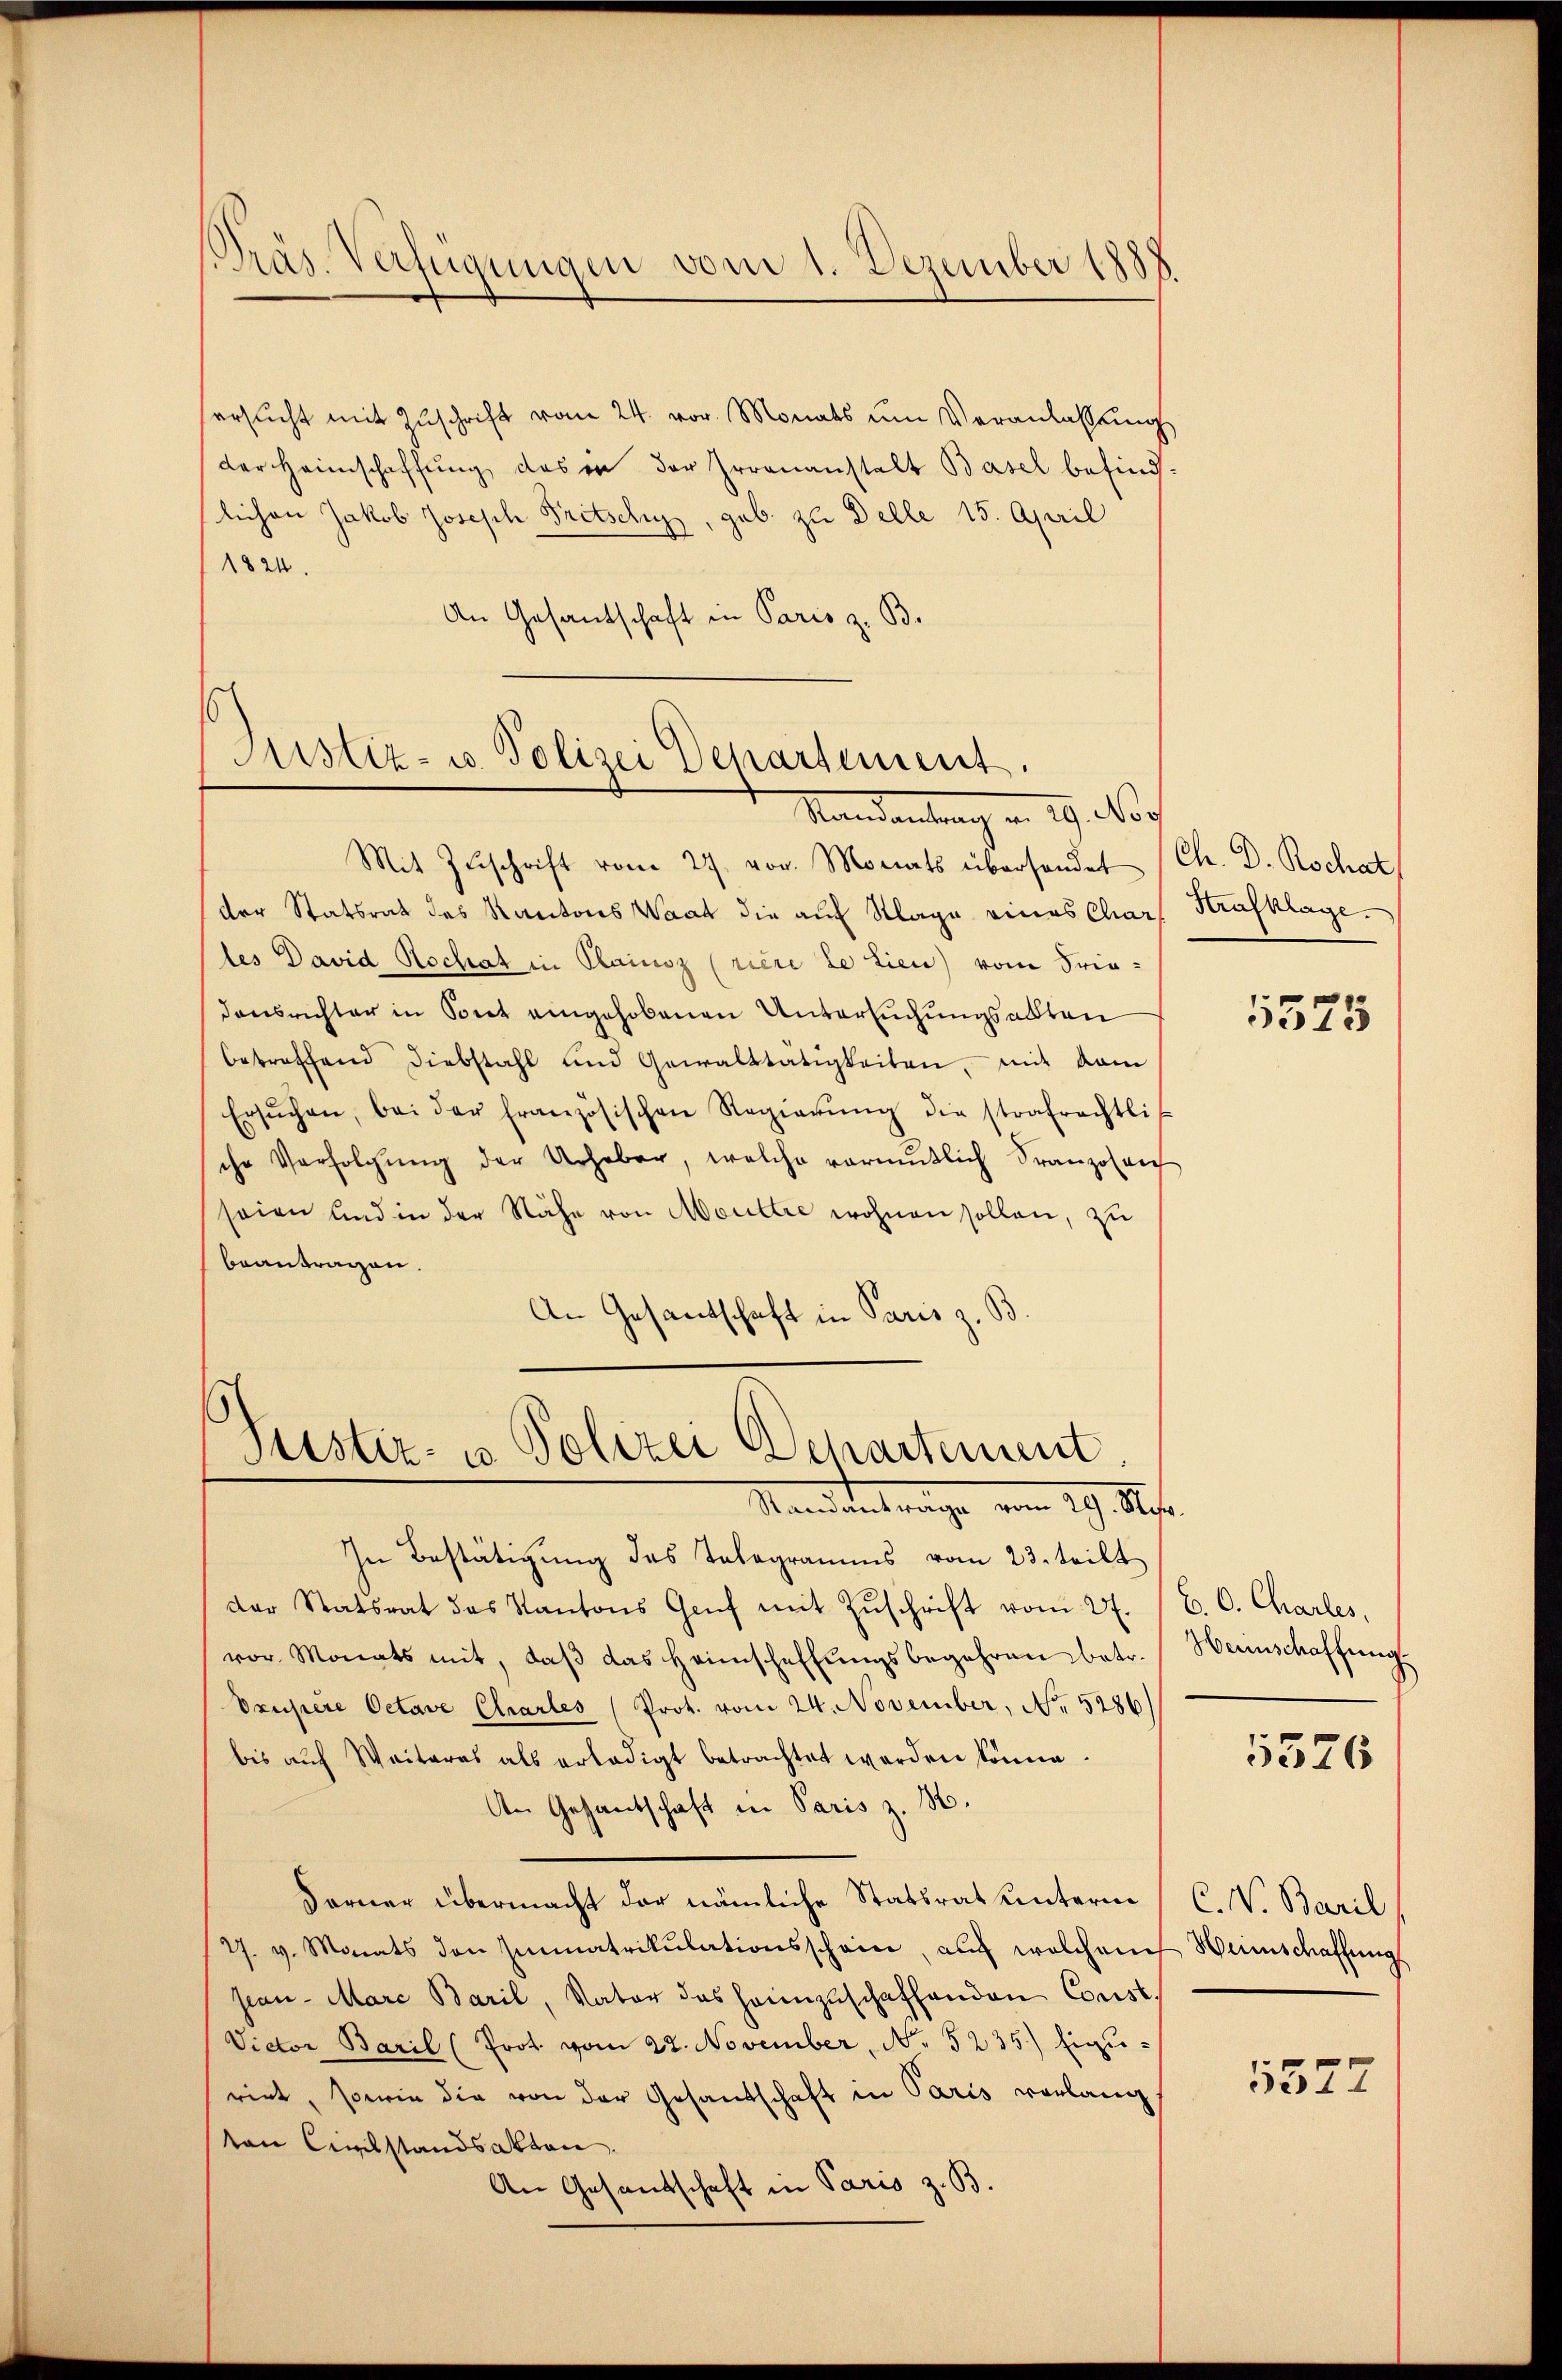
Präs. Verfügungen vom 1. Dezember 1888

ersucht mit Zuschrift vom 24. vor. Monats um Veranlassung
der Heimschaffung, das in der Irrenanstalt Basel befind.
lichen Jakob Joseph Fritschy, geb. zu Delle 15. April
1824.
An Gesantschaft in Paris z. B.

Astiz- u. Polizei Departement.

Justiz- u Polizei Departement.
Standentrage vom 19. ds.

Randantrag v. 29. Noc
Mit Zŭschrift vom 27. vor. Monats übersendet (Ch. D. Rochat
der Statsrat des Kantons Waat die auf Klage eines Char, Strafklage.
les David Hochat in Plainoz (rière de Lien) vom Friedensrichter in Sont eingehobenen Untersuchungsabten
betreffend Diebstahl und Gewalttätigkeiten, mit dem
Ersŭchen, bei der französischen Regierŭng die strafrechtli
che Verfolgŭng der Urheber, welche vormŭtlich Franzosen
seien und in der Nähe von Mouttre wohnen sollen, zu
beantragen.
An Gesandschaft in Paris z. B.

In Bestätigung des Telegramms vom 23. teilt
der Statsrat das Kantons Genf mit Zŭschrift vom 27. (C. C. Charles
vor Monats mit, daβ das Heimschaffŭngsbegehren betr. Hennschaffŭng
Vrupiere Octave Chartes (Prot. vom 24. November, No. 5286)
bis auf Weiteres als erledigt betrachtet worden könne.
An Gesantschaft in Paris z. B.
Ferner übermacht der nämliche Statsrat unterm C. W. Baril
27. v. Monats den Immatrikulationsschein, auf welchem
sian Marc Baril, Vater das heimzuschaffenden Const.
Victor Baril (Prot. vom 22. November, No 5235) Eiguriet, sowie die von der Gesandschaft in Paris vorlangt
von Civilstandsakten.
An Gesandtschaft in Paris z. B.

1
5513

5526

Heimschaffung
5577